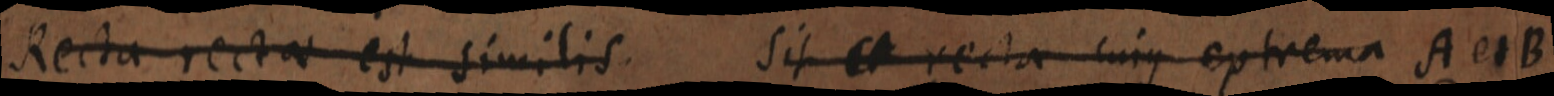
Recta recta est similis. sit et recta cujus extrema A et B